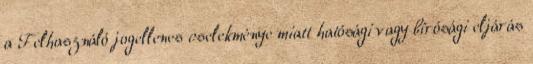
a Felhasználó jogellenes cselekménye miatt hatósági vagy bírósági eljárás